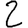
Digit: 2